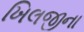
ખિલજીના